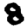
Digit: 8